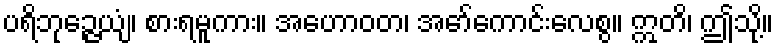
ပရိဘုဉ္ဇေယျံ၊ စားရမူကား။ အဟောဝတ၊ အော်ကောင်းလေစွ။ ဣတိ၊ ဤသို့။